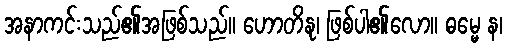
အနာကင်းသည်၏အဖြစ်သည်။ ဟောတိနု၊ ဖြစ်ပါ၏လော။ ဓမ္မေ န၊